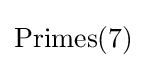
{\text{Primes}}(7)